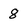
Character: 8